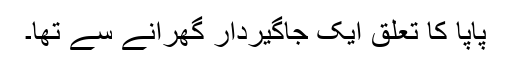
پاپا کا تعلق ایک جاگیردار گھرانے سے تھا۔